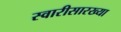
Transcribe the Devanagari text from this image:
स्वारीसारख्या